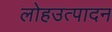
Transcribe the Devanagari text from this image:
लोहउत्पादन